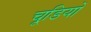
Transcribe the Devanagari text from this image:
चूडि़यों